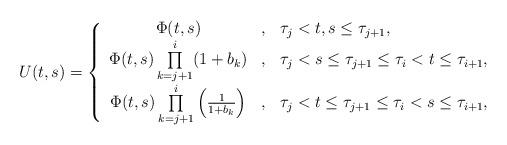
LaTeX: \begin{align*}U(t,s)=\left\{\begin{array}{ccl}\Phi(t,s) &,& \tau_{j}<t,s\leq \tau_{j+1},\\\Phi(t,s)\prod\limits_{k=j+1}^{i}(1+b_{k}) &, &\tau_{j}<s\leq \tau_{j+1}\leq \tau_{i}<t\leq\tau_{i+1},\\\Phi(t,s)\prod\limits_{k=j+1}^{i}\left(\frac{1}{1+b_{k}}\right)&, &\tau_{j}<t\leq \tau_{j+1}\leq \tau_{i}<s\leq\tau_{i+1},\end{array}\right.\end{align*}